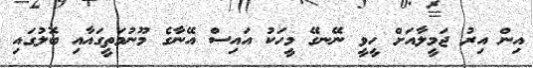
އިން އިރު ޖަމީލާއަށް ހީވީ ނޭނގޭ މީހަކު އައިސް އޭނާގެ މޫނުމަތީގައާއި ބޮލުގައި